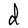
Character: d